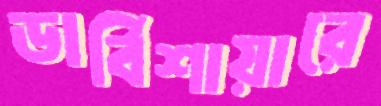
ডার্বিশায়ারে